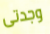
وجدتى